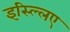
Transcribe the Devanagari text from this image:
इस्ल्लिए